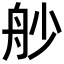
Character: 𦨖